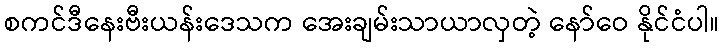
စကင်ဒီနေးဗီးယန်းဒေသက အေးချမ်းသာယာလှတဲ့ နော်ဝေ နိုင်ငံပါ။